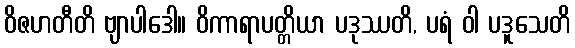
ဝိဇဟတီတိ ဗျာပါဒေါ။ ဝိကာရာပတ္တိယာ ပဒုဿတိ, ပရံ ဝါ ပဒူသေတိ